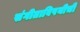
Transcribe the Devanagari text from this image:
संगीताविषयीची